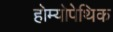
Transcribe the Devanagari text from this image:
होम्योपेथिक